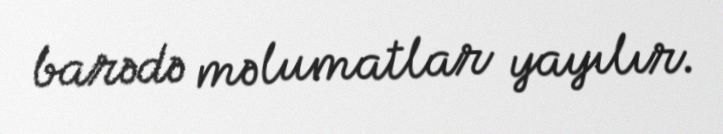
barədə məlumatlar yayılır.